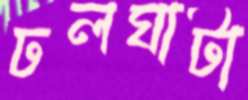
ঢলঘাটা